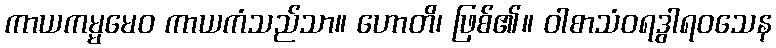
ကာယကမ္မမေဝ ကာယကံသည်သာ။ ဟောတိ၊ ဖြစ်၏။ ဝါစာသံဝရဒွါရဝသေန